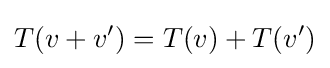
T(v+v')=T(v)+T(v')